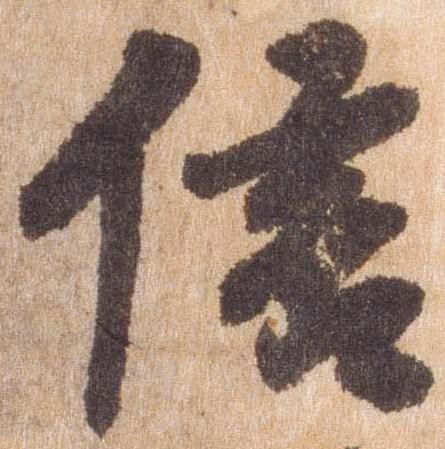
信